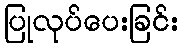
ပြုလုပ်ပေးခြင်း